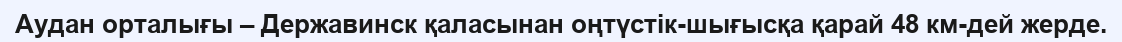
Аудан орталығы – Державинск қаласынан оңтүстік-шығысқа қарай 48 км-дей жерде.